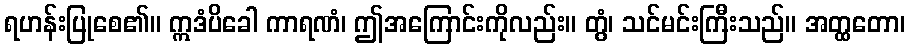
ရဟန်းပြုစေ၏။ ဣဒံပိခေါ ကာရဏံ၊ ဤအကြောင်းကိုလည်း။ တွံ၊ သင်မင်းကြီးသည်။ အတ္ထတော၊